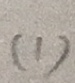
( 1 )